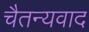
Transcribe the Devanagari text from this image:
चैतन्यवाद